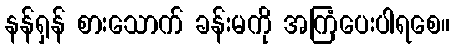
နန်ရှန် စားသောက် ခန်းမကို အကြံပေးပါရစေ။